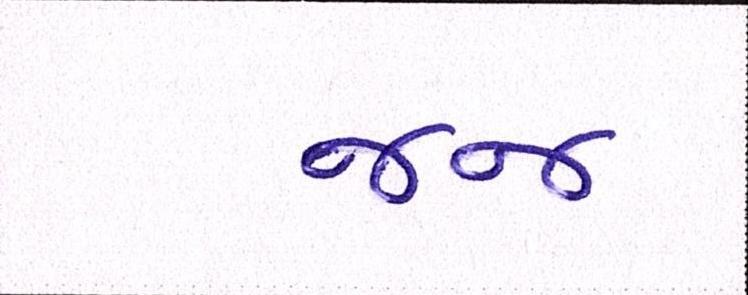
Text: જજ